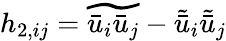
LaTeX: h_{2,ij}=\widetilde{\bar{u}_{i}\bar{u}_{j}}-\tilde{\bar{u}}_{i}\tilde{\bar{u}}_{j}